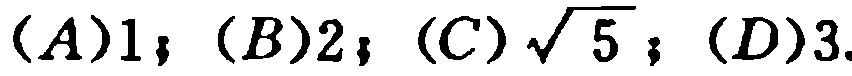
$(A)1；(B)2；(C)\sqrt{5}；(D)3.$